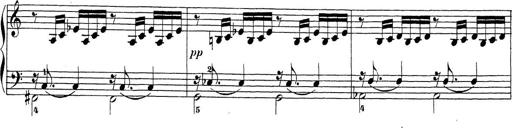
Title: Sonatina Album
Composer: Louis KÃ¶hler